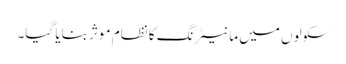
سکولوں میں مانیٹرنگ کا نظام موثر بنایا گیا۔